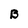
Character: B